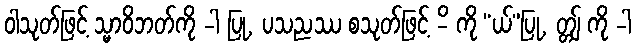
ဝါသုတ်ဖြင့် သ္မာဝိဘတ်ကို -ါ ပြု, ပသညဿ စသုတ်ဖြင့် -ိ ကို “ယ်”ပြု, တ္တျ် ကို -ါ